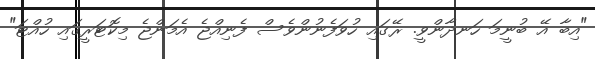
"އިބާ އޭ ބުނީމަ ހަނދާންވީ. ރޭގައި ހުވަފެނުންވެސް ފެނިއްޖެ އެމަންޖެ މިކޮޓަރީގައި ހުއްޓަ"